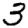
Digit: 3